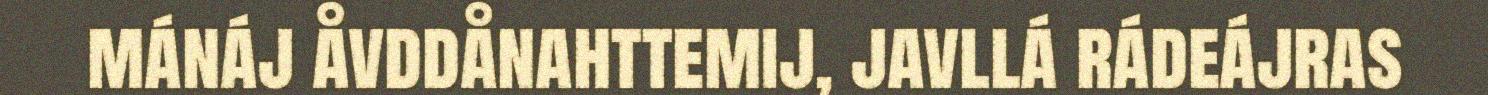
mánáj åvddånahttemij, javllá rádeájras